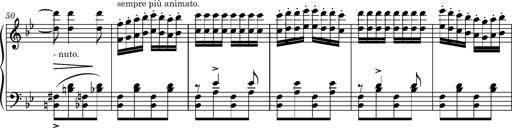
Title: Ungarische Nationalmelodien, S.243
Composer: Franz Liszt